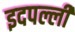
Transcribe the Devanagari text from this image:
इदपल्ली